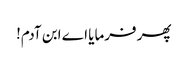
پھر فرمایا اے ابن آدم!